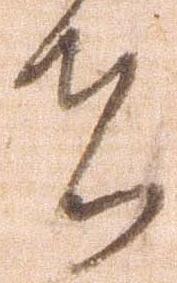
者